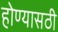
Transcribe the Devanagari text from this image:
होण्यासठी